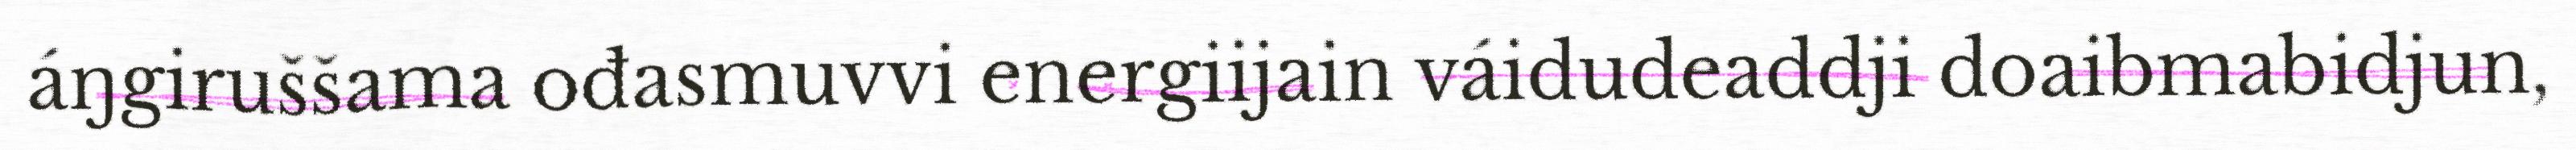
áŋgiruššama ođasmuvvi energiijain váidudeaddji doaibmabidjun,